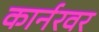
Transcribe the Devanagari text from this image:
कार्नरवर